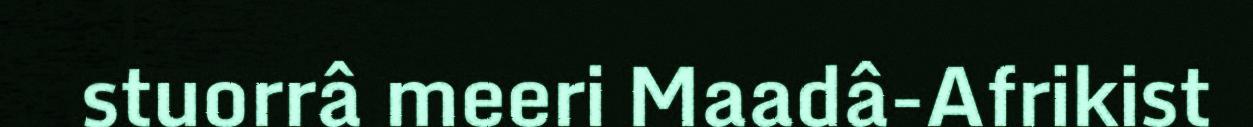
stuorrâ meeri Maadâ-Afrikist